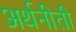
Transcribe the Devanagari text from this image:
अर्थनीती